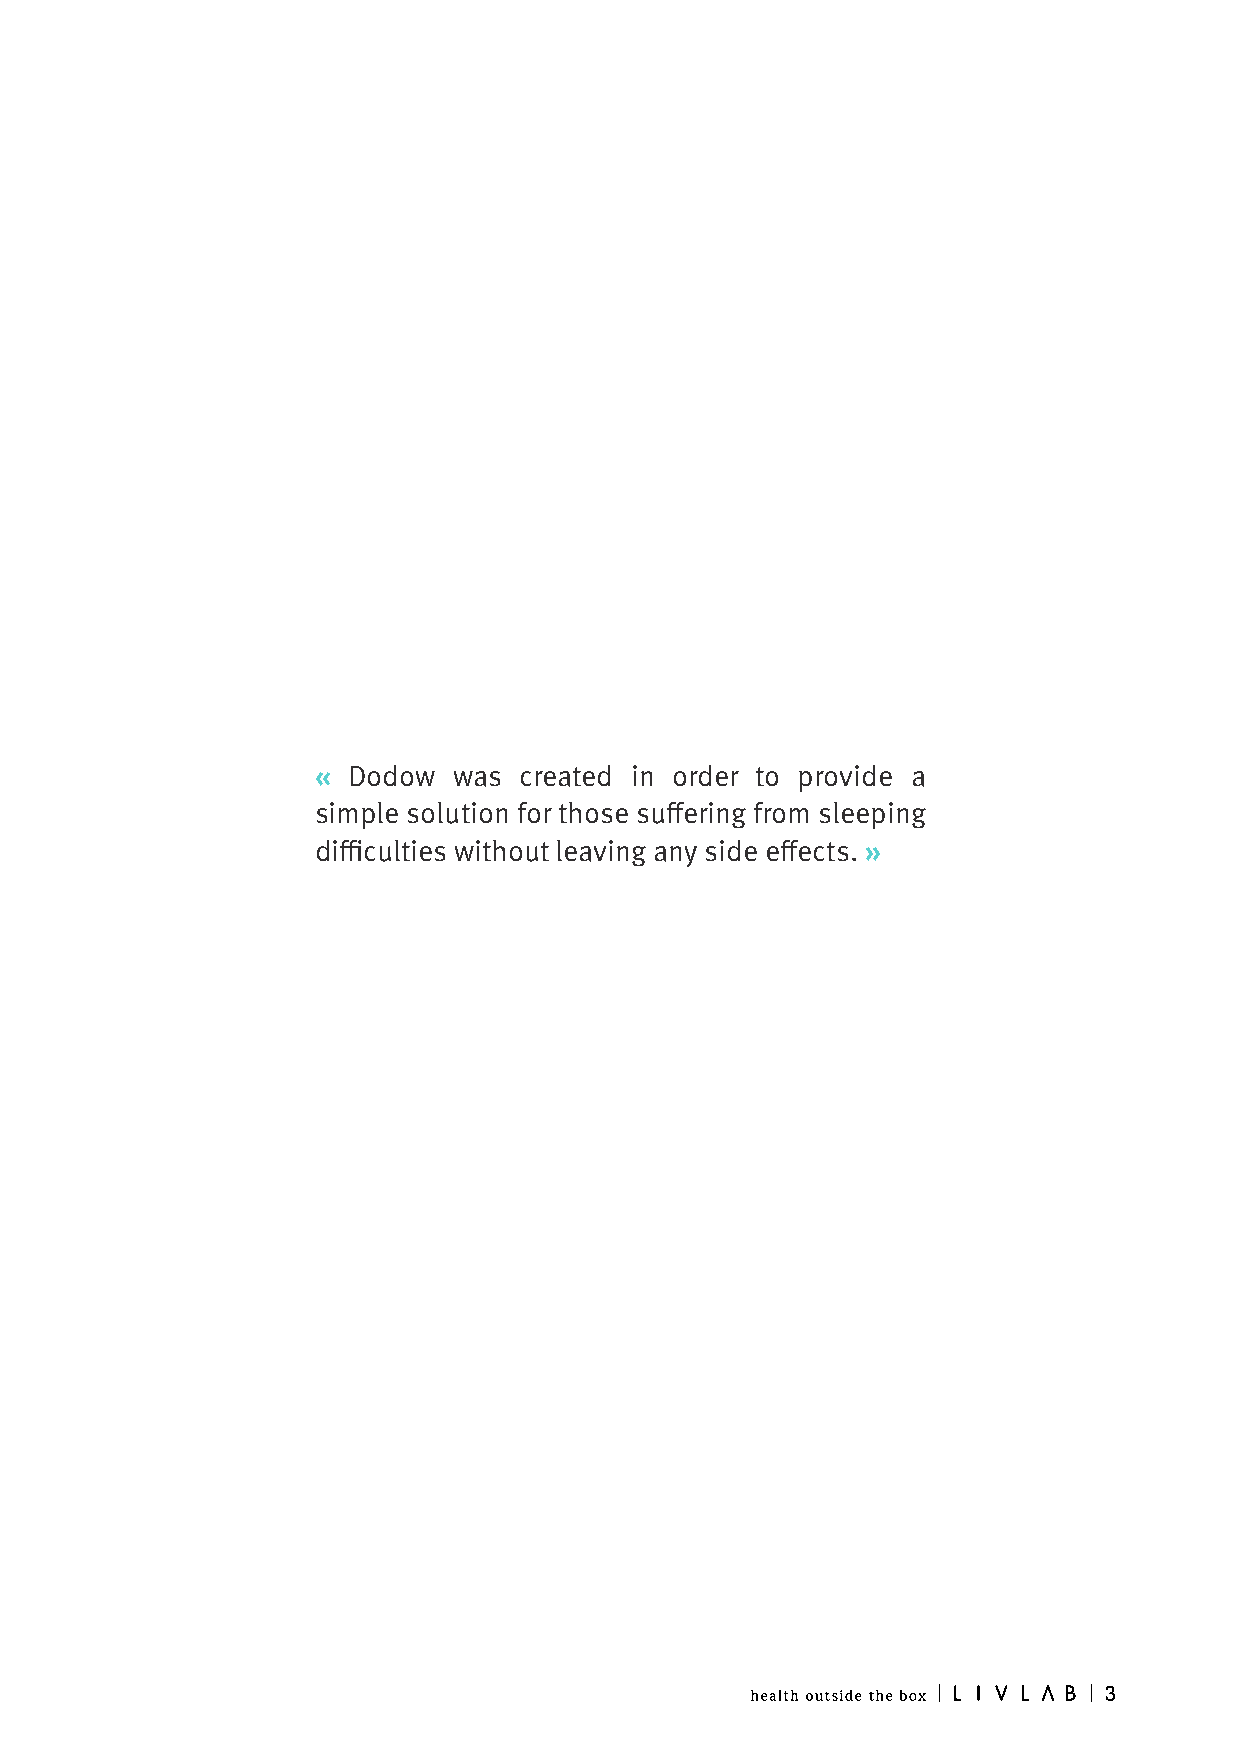
« Dodow  was created in order to provide a
 simple solution for those suffering from sleeping
 difficulties without leaving any side effects. »
 3